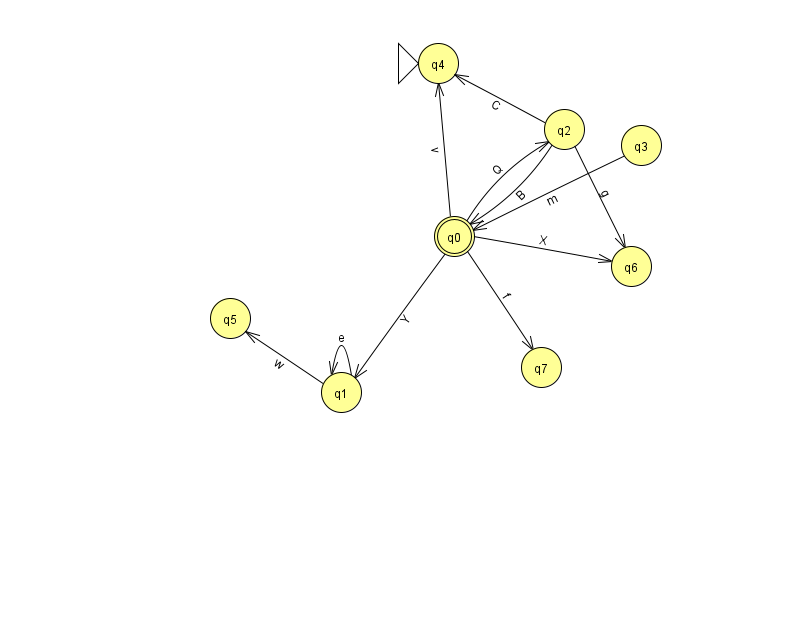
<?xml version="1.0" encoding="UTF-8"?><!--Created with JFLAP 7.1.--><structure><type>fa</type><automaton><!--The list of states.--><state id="0" name="q0"><x>454.0</x><y>223.0</y><final/></state><state id="1" name="q1"><x>341.0</x><y>379.0</y></state><state id="2" name="q2"><x>564.0</x><y>116.0</y></state><state id="3" name="q3"><x>641.0</x><y>132.0</y></state><state id="4" name="q4"><x>438.0</x><y>50.0</y><initial/></state><state id="5" name="q5"><x>230.0</x><y>305.0</y></state><state id="6" name="q6"><x>631.0</x><y>253.0</y></state><state id="7" name="q7"><x>541.0</x><y>354.0</y></state><!--The list of transitions.--><transition><from>0</from><to>7</to><read>f</read></transition><transition><from>2</from><to>0</to><read>B</read></transition><transition><from>3</from><to>0</to><read>m</read></transition><transition><from>0</from><to>2</to><read>Q</read></transition><transition><from>0</from><to>1</to><read>Y</read></transition><transition><from>1</from><to>1</to><read>e</read></transition><transition><from>1</from><to>5</to><read>w</read></transition><transition><from>0</from><to>6</to><read>X</read></transition><transition><from>0</from><to>4</to><read>v</read></transition><transition><from>2</from><to>6</to><read>g</read></transition><transition><from>2</from><to>4</to><read>C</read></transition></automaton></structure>